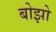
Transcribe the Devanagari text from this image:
बोझो